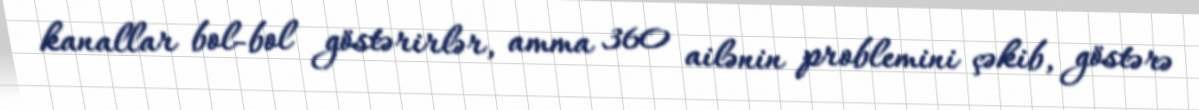
kanallar bol-bol göstərirlər, amma 360 ailənin problemini çəkib, göstərə